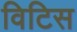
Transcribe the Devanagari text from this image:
विटिस